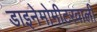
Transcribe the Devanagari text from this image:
डाइनेमोमीटरवाली